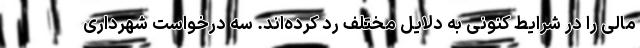
مالی را در شرایط کنونی به دلایل مختلف رد کرده‌اند. سه درخواست شهرداری